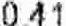
0.41